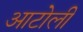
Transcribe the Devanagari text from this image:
आटोली